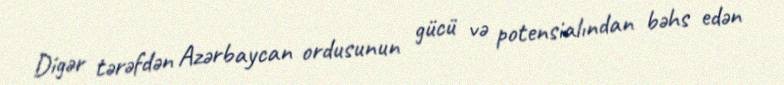
Digər tərəfdən Azərbaycan ordusunun gücü və potensialından bəhs edən